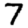
Digit: 7